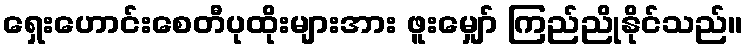
ရှေးဟောင်းစေတီပုထိုးများအား ဖူးမျှော် ကြည်ညိုနိုင်သည်။